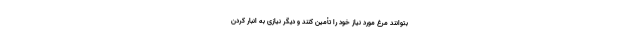
بتوانند مرغ مورد نیاز خود را تأمین کنند و دیگر نیازی به انبار کردن